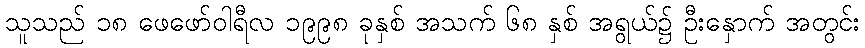
သူသည် ၁၈ ဖေဖော်ဝါရီလ ၁၉၉၈ ခုနှစ် အသက် ၆၈ နှစ် အရွယ်၌ ဦးနှောက် အတွင်း